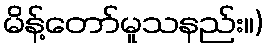
မိန့်တော်မူသနည်း။)